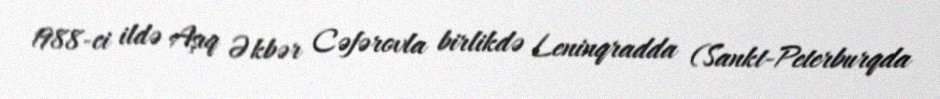
1988-ci ildə Aşıq Əkbər Cəfərovla birlikdə Leninqradda (Sankt-Peterburqda